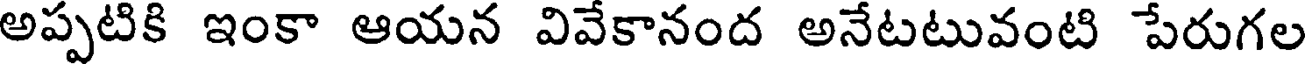
అప్పటికి ఇంకా ఆయన వివేకానంద అనేటటువంటి పేరుగల